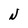
Character: N